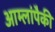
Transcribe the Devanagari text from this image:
आम्लांपैकी